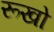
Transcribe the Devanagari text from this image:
रूखो